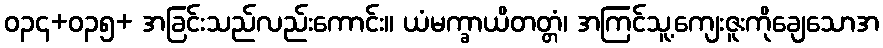
ဝ၃၄+၀၃၅+ အခြင်းသည်လည်းကောင်း။ ယံမက္ခာယိတတ္တံ၊ အကြင်သူ့ကျေးဇူးကိုချေသောအ